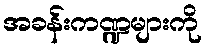
အခန်းကဏ္ဍများကို